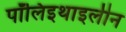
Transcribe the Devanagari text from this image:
पॉलिइथाइलीन